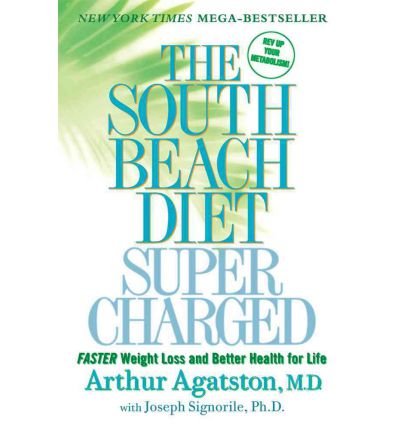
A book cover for South Beach Diet Super Charged - Faster Weight Loss And Better Health For Life; Arthur; Signorile, Joseph Agatston; Health, Fitness & Dieting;